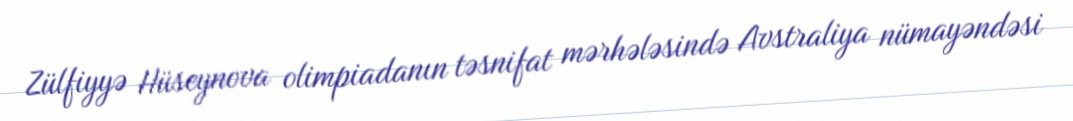
Zülfiyyə Hüseynova olimpiadanın təsnifat mərhələsində Avstraliya nümayəndəsi